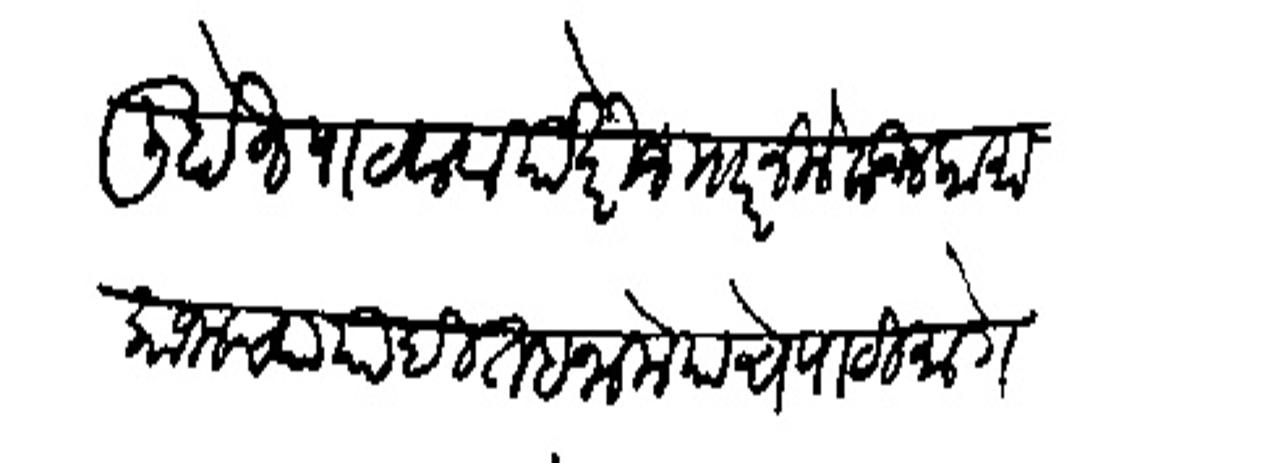
Transliteration (Devanagari): लिहोन पाठवावा या खेरीज माारनिलेक डील कामाकाजाच्या यादी तहनामे याचे पाठीमागे